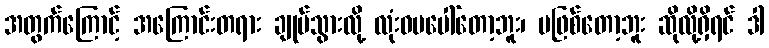
အတွက်ကြောင့် အကြောင်းတရား ချုပ်သွားလို့ လုံးဝမပေါ်တော့ဘူး၊ မဖြစ်တော့ဘူး ဆိုလို့ရှိရင် ဒါ